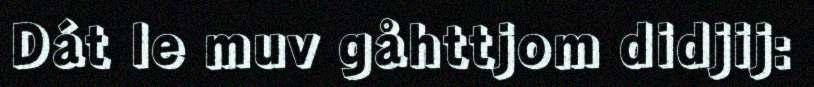
Dát le muv gåhttjom didjij: